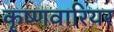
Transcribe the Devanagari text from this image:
कृष्णवारियर